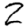
Digit: 2